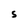
Character: S